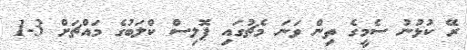
ރޭ ކުޅުނު ސެމީގެ ތިން ވަނަ މެޗުގައި ޕޮލިސް ކްލަބުގެ މައްޗަށް 3-1